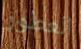
العطور